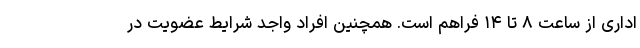
اداری از ساعت ۸ تا ۱۴ فراهم است. همچنین افراد واجد شرایط عضویت در